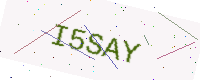
Text: I5SAY